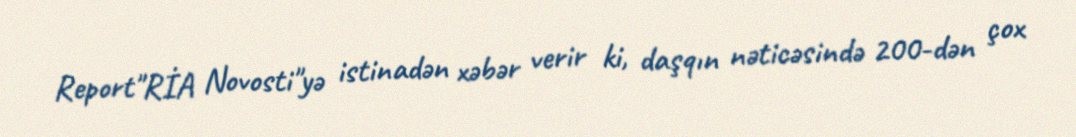
Report"RİA Novosti"yə istinadən xəbər verir ki, daşqın nəticəsində 200-dən çox